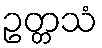
ဥတ္တသံ